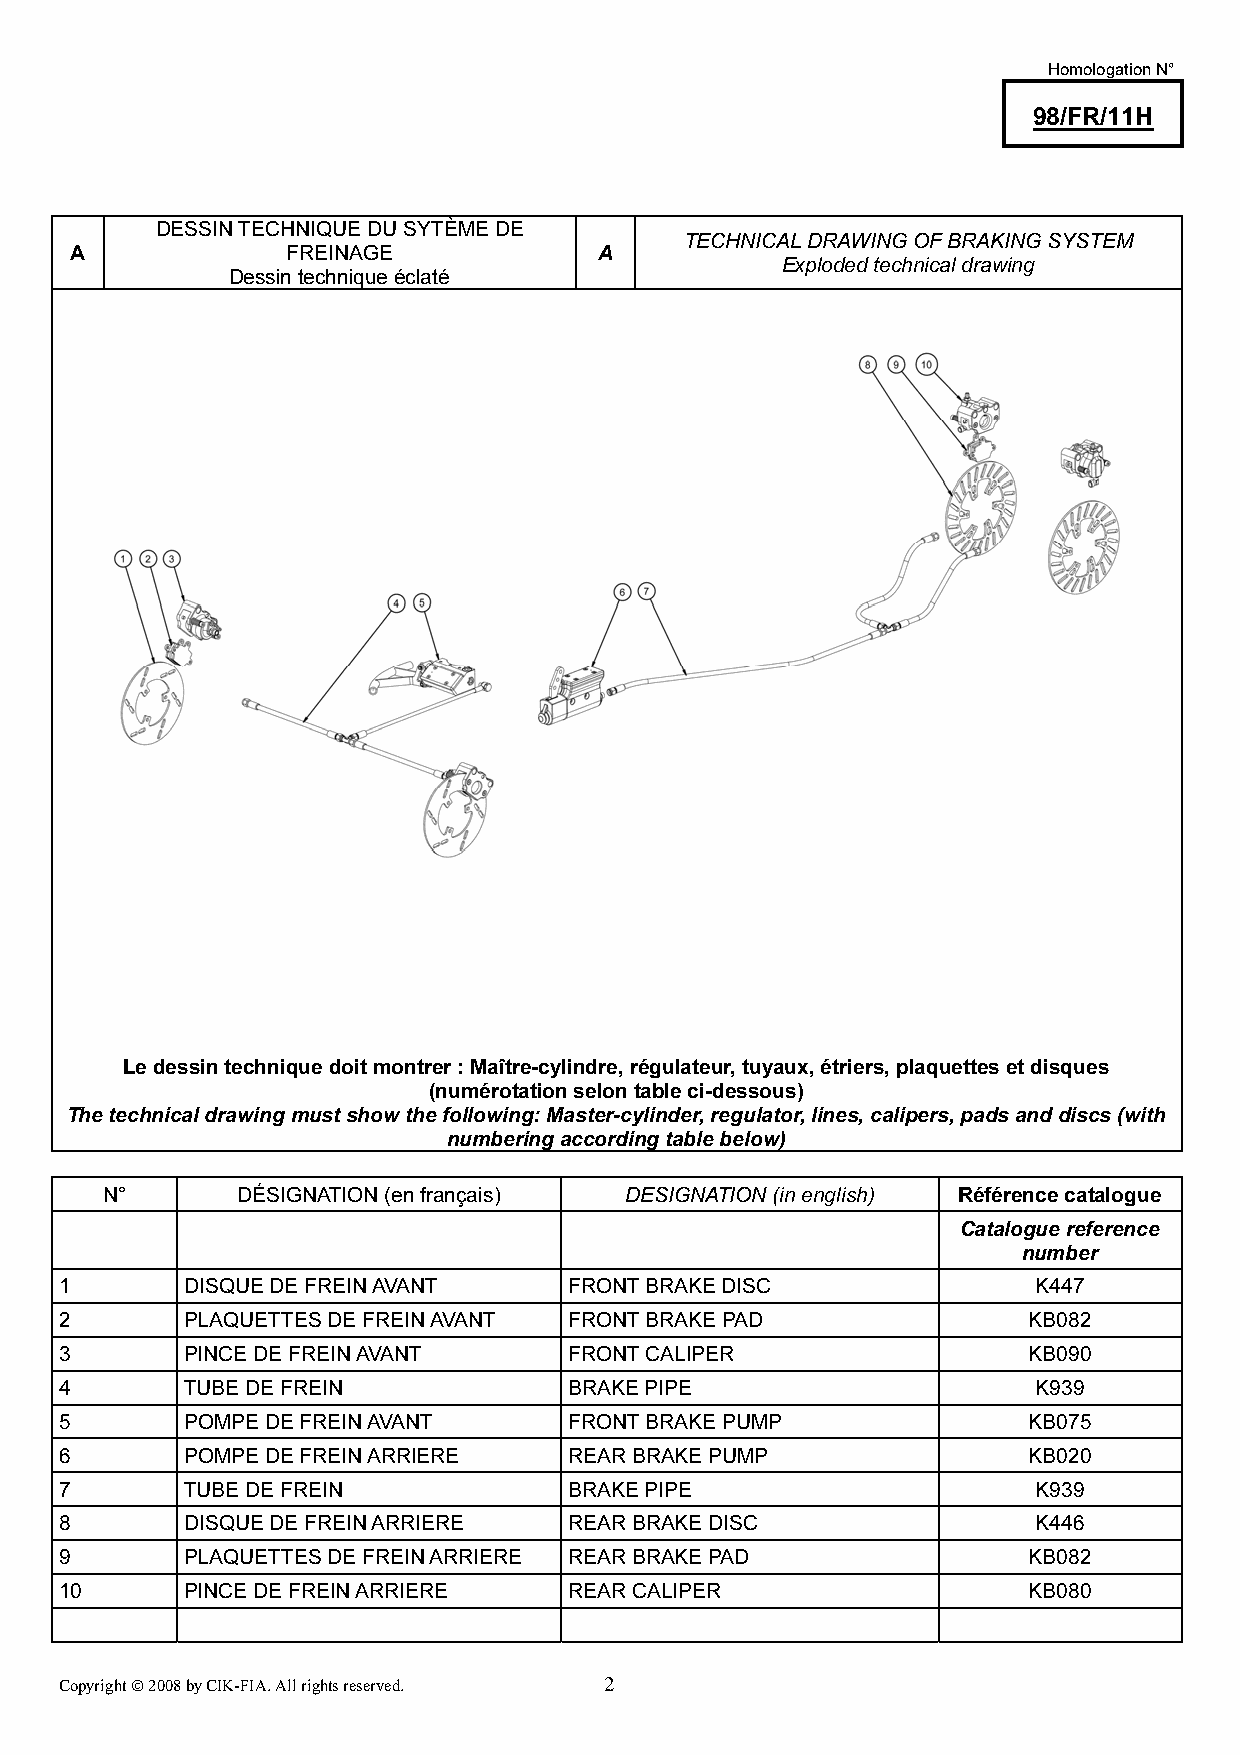
Homologation N°
 98/FR/11H
 DESSIN TECHNIQUE DU SYTÈME DE
 TECHNICAL DRAWING OF BRAKING SYSTEM
 A             FREINAGE             A
 Exploded technical drawing
 Dessin technique éclaté
 Le dessin technique doit montrer : Maître-cylindre, régulateur, tuyaux, étriers, plaquettes et disques
 (numérotation selon table ci-dessous)
 The technical drawing must show the following: Master-cylinder, regulator, lines, calipers, pads and discs (with
 numbering according table below)
 N°       DÉSIGNATION (en français) DESIGNATION (in english) Référence catalogue
 Catalogue reference
 number
 1       DISQUE DE FREIN AVANT     FRONT BRAKE DISC               K447
 2       PLAQUETTES DE FREIN AVANT FRONT BRAKE PAD               KB082
 3       PINCE DE FREIN AVANT      FRONT CALIPER                 KB090
 4       TUBE DE FREIN             BRAKE PIPE                     K939
 5       POMPE DE FREIN AVANT      FRONT BRAKE PUMP              KB075
 6       POMPE DE FREIN ARRIERE    REAR BRAKE PUMP               KB020
 7       TUBE DE FREIN             BRAKE PIPE                     K939
 8       DISQUE DE FREIN ARRIERE   REAR BRAKE DISC                K446
 9       PLAQUETTES DE FREIN ARRIERE REAR BRAKE PAD              KB082
 10      PINCE DE FREIN ARRIERE    REAR CALIPER                  KB080
 Copyright © 2008 by CIK-FIA. All rights reserved. 2